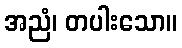
အညံ၊ တပါးသော။